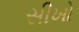
સીખો